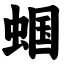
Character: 蝈